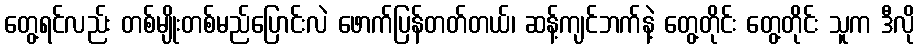
တွေ့ရင်လည်း တစ်မျိုးတစ်မည်ပြောင်းလဲ ဖောက်ပြန်တတ်တယ်၊ ဆန့်ကျင်ဘက်နဲ့ တွေ့တိုင်း တွေ့တိုင်း သူက ဒီလို